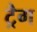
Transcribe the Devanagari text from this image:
ट्रैग